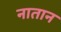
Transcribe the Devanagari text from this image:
नातान